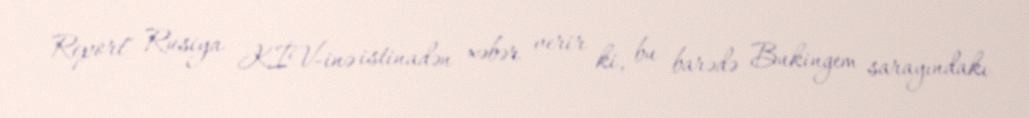
Report" Rusiya KİV-inə istinadən xəbər verir ki, bu barədə Bukingem sarayındakı